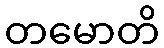
တမောတိ